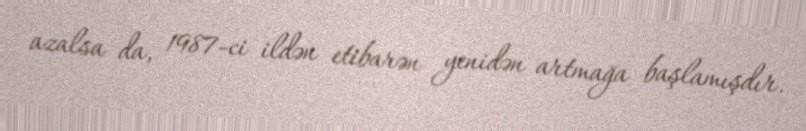
azalsa da, 1987-ci ildən etibarən yenidən artmağa başlamışdır.